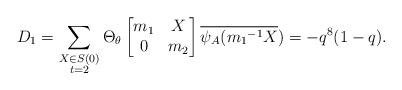
LaTeX: \begin{align*} D_1=\displaystyle \sum_{\substack{X\in S(0) \\ t=2 }}\Theta_{\theta} \begin{bmatrix} m_1 & X\\0 & m_2\end{bmatrix}\overline{\psi_A({m_1}^{-1}X})=-q^8(1-q). \end{align*}